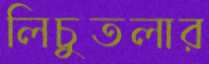
লিচুতলার